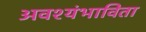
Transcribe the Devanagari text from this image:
अवश्यंभाविता